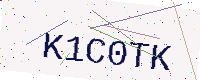
Text: K1C0TK